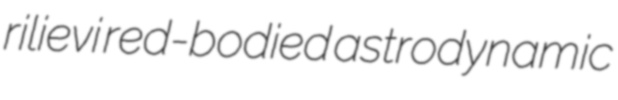
rilievi red-bodied astrodynamic